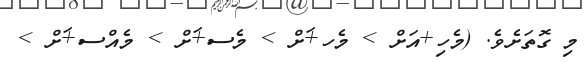
މި ގޮތަށެވެ. (މެހި+އަށް > މެހ+ަށް > މެސ+ަށް > މެއްސ+ަށް >